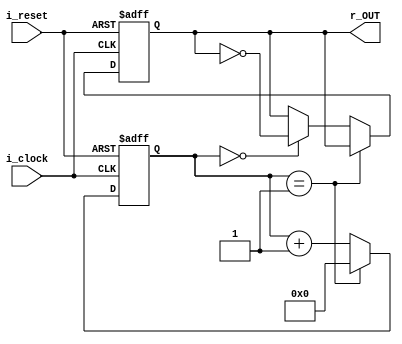
// Clock Divider, 50MHz to 4Hz(set to 6249999)
//
module clock_divider
    (
        input i_clock,
        input i_reset,
        output reg r_OUT
    );

    reg [24:0] r_COUNT;

    always @(posedge i_clock, negedge i_reset) begin
        if(!i_reset) begin
            r_COUNT <= 'd0;
            r_OUT <= 1'b0;
        end
        else begin
                r_COUNT <= r_COUNT + 1'b1;
            if(r_COUNT == 'd1)
                r_COUNT <= 'd0;
            else if(r_COUNT == 'd0)
                r_OUT <= !r_OUT;
        end
    end

endmodule